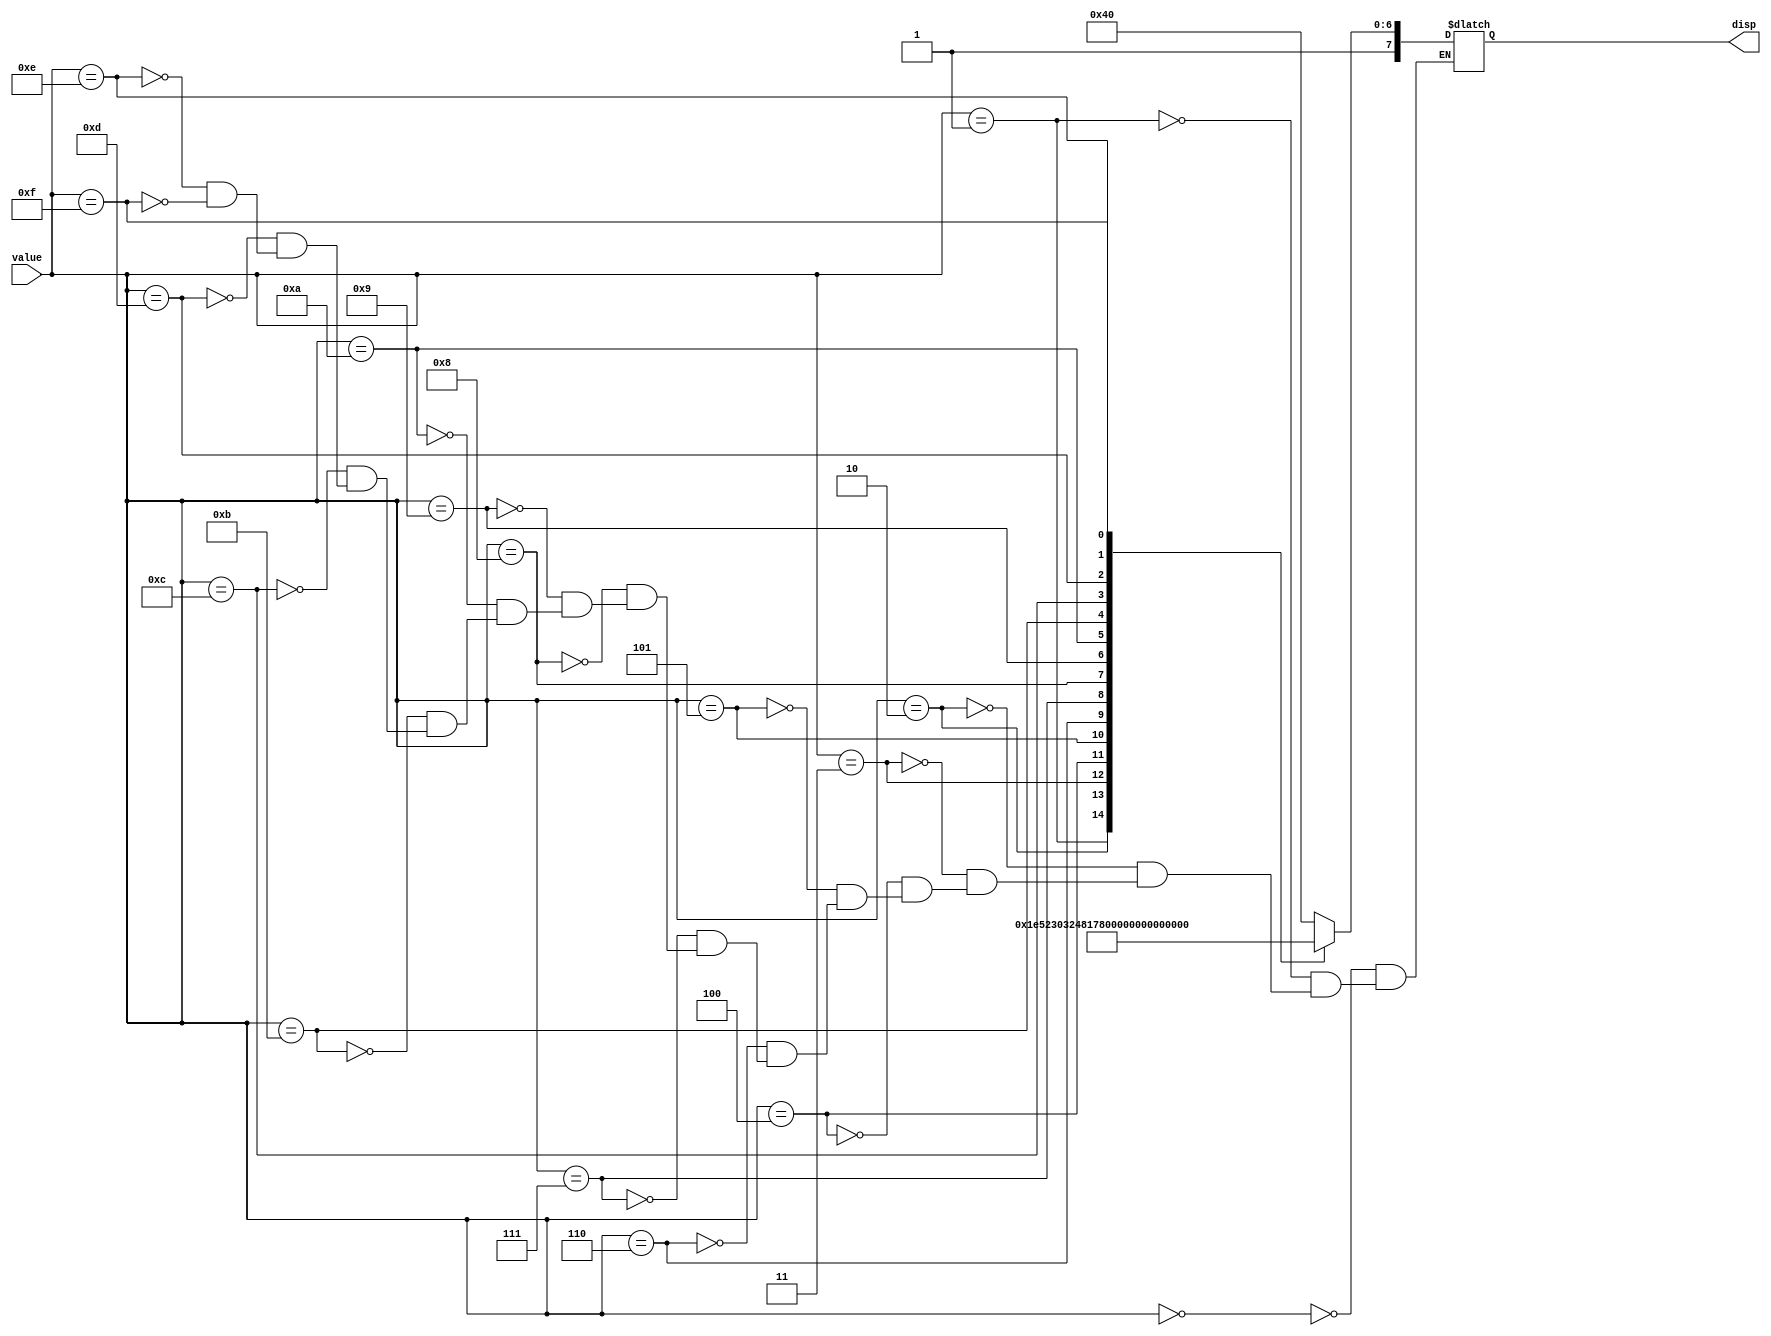
/*
Jack Danielski and Mike Fruge
ECEN 2350 
Spring 2018
*/
module SevenSegment(value, disp);
input [7:0] value;
output reg [7:0] disp;

always @(*)
begin
	case(value)
		4'b0000 : disp [7:0] <= 8'b11000000;// 0 <= 7'h7E;
		4'b0001 : disp [7:0] <= 8'b11111001;// 1 <= 7'h60;
		4'b0010 : disp [7:0] <= 8'b10100100;// 2 <= 7'h6D;
		4'b0011 : disp [7:0] <= 8'b10110000;// 3 <= 7'h79;
		4'b0100 : disp [7:0] <= 8'b10011001;// 4 <= 7'h33;
		4'b0101 : disp [7:0] <= 8'b10010010;// 5 <= 7'h5B;
		4'b0110 : disp [7:0] <= 8'b10000010;// 6 <= 7'h5F;
		4'b0111 : disp [7:0] <= 8'b11111000;// 7 <= 7'h70;
		4'b1000 : disp [7:0] <= 8'b10000000;// 8 <= 7'h7F;
		4'b1001 : disp [7:0] <= 8'b10011000;// 9 <= 7'h7B;
		4'b1010 : disp [7:0] <= 8'b10001000;// A <= 7'h77;
		4'b1011 : disp [7:0] <= 8'b10000011;// B <= 7'h1F;
		4'b1100 : disp [7:0] <= 8'b11000110;// C <= 7'h4E;
		4'b1101 : disp [7:0] <= 8'b10100001;// D <= 7'h3D;
		4'b1110 : disp [7:0] <= 8'b10000110;// E <= 7'h4F;
		4'b1111 : disp [7:0] <= 8'b10001110;// F <= 7'h47;
	endcase
end	

endmodule